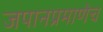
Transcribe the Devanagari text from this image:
जपानप्रमाणेच